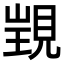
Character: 𧡁